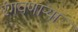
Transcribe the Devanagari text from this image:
रंगवणाऱ्या